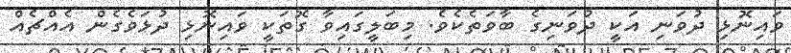
ވައިނޮޅި ދުވަނި އަކީ ދުވަނިގެ ބާވަތެކެވެ. މިބަލީގައިވާ ގޮތަކީ ވައިނޮޅި ދުޅަވެގެން އެއްޗެއް